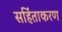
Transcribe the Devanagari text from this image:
सहिंताकरण